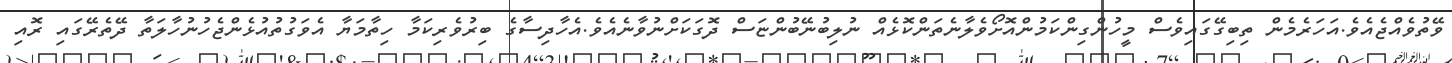
ވޭތުވެއްޖެއެވެ.އަހަރެމެން ތިބިގޭގައިވެސް މީހުންގިންކަމުންއޮށޯވެލާނެތަންކޮޅެއް ނުލިބުނޭބުންޏަސް ދޮގަކަށްނުވާނެއެވެ.އެހާދިސާގެ ބިރުވެރިކަމާ ހިތާމަޔާ އެވަގުތުއުޅެންޖެހުނުހާލަތާ ދޭތެރޭގައި ރޮއި